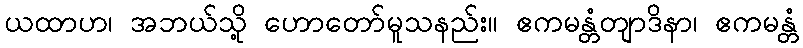
ယထာဟ၊ အဘယ်သို့ ဟောတော်မူသနည်း။ ဧကမန္တံတျာဒိနာ၊ ဧကမန္တံ